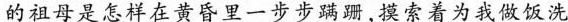
的祖母是怎样在黄昏里一步步蹒跚，摸索着为我做饭洗